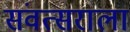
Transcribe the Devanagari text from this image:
संवत्सराला